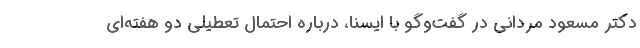
دکتر مسعود مردانی در گفت‌وگو با ایسنا، درباره احتمال تعطیلی دو هفته‌ای